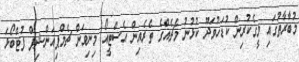
މުބާރާތުގައި މީގެކުރިން ކުޑަހުވަދޫ ކުޅުނު މެޗެއްގެ ތެރެއިން އެސްޓީއޯ މިނިވަން ޗެމްޕިއަންޝިޕް ފުޓްބޯޅަ